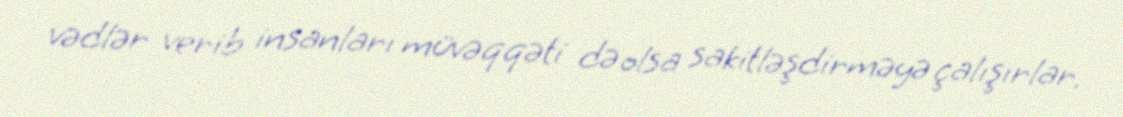
vədlər verib insanları müvəqqəti də olsa sakitləşdirməyə çalışırlar.